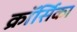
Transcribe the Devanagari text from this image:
क्रॉर्सिका